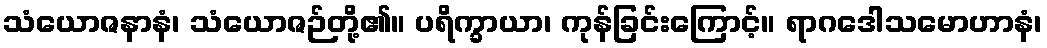
သံယောဇနာနံ၊ သံယောဇဉ်တို့၏။ ပရိက္ခာယာ၊ ကုန်ခြင်းကြောင့်။ ရာဂဒေါသမောဟာနံ၊